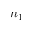
n _ { 1 }